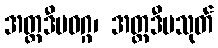
အတ္တဒီပဝဂ္ဂ၊ အတ္တဒီပသုတ်